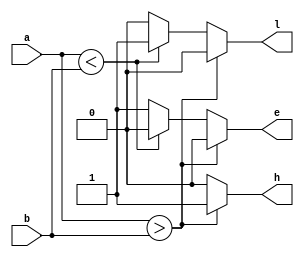
`timescale 1ns / 1ps
//////////////////////////////////////////////////////////////////////////////////
// Company: 
// Engineer: 
// 
// Design Name: 
// Module Name:    Comparater_n_bit 
// Project Name: 
// Target Devices: 
// Tool versions: 
// Description: 
//
// Dependencies: 
//
// Revision: 
// Revision 0.01 - File Created
// Additional Comments: 
//
//////////////////////////////////////////////////////////////////////////////////
module Comparater_n_bit(a,b,l,e,h);
//parameter n=32;
input [32-1:0]a;
input [32-1:0]b;
output reg l=0,e=0,h=0;
always @(a,b)
begin
if(a>b)
begin
l=0;e=0;h=1;
end
else if(a<b)
begin
l=1;e=0;h=0;
end
else
begin
l=0;e=1;h=0;
end
end
endmodule